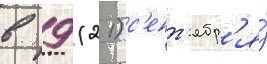
в 9 (21) с'ент'ябр'я́